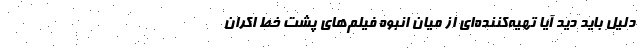
دلیل باید دید آیا تهیه‌کننده‌ای از میان انبوه فیلم‌های پشت خط اکران